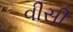
વીસી